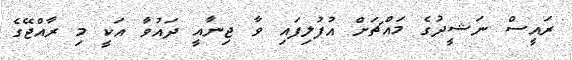
ރައީސް ނަޝީދުގެ މައްޗަށް އުފުލިފައި ވާ ޖިނާއީ ދައުވާ އަކީ މި ރާއްޖޭގެ